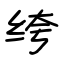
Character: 绔